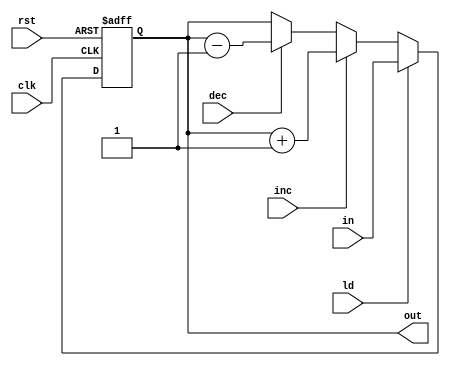
module register(clk, rst, inc, dec, ld, in, out);

input clk, rst, inc, dec, ld;
input [5:0] in;
output reg [5:0] out;

reg [5:0] helper;

always @(posedge clk, negedge rst) 
	if(!rst)
		out<=6'b000000;
	else 
		out<=helper;

always @(out,in,inc,dec,ld) begin
	helper = out;
	if(ld) helper = in;
	else if(inc) helper = helper + 8'b00000001;
	else if(dec) helper = helper - 8'b00000001;
end

endmodule